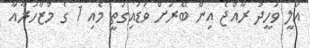
އަލީ ވަހީދު ރާއްޖެ އިން ބޭރަށް ވަޑައިގަތީ މެއި 1 ގެ މުޒާހަަރާއާ